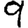
Digit: 9